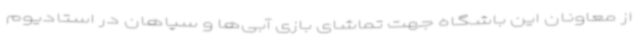
از معاونان این باشگاه جهت تماشای بازی آبی‌ها و سپاهان در استادیوم